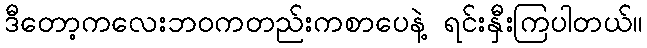
ဒီတော့ကလေးဘဝကတည်းကစာပေနဲ့ ရင်းနှီးကြပါတယ်။